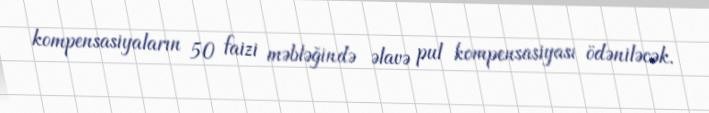
kompensasiyaların 50 faizi məbləğində əlavə pul kompensasiyası ödəniləcək.